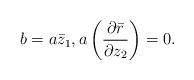
LaTeX: \begin{align*}b = a \bar{z}_1 , a \left( \frac{\partial \bar{r}}{\partial z_2} \right) = 0 .\end{align*}